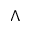
\Lambda